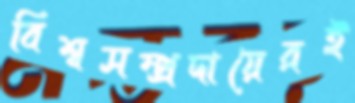
বিশ্বসম্প্রদায়েরই